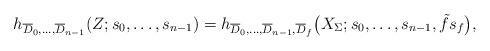
LaTeX: \begin{align*}h_{\overline{D}_0,\dots,\overline{D}_{n-1}}(Z;s_0,\dots,s_{n-1})=h_{\overline{D}_0,\dots,\overline{D}_{n-1},\overline{D}_f}\big(X_\Sigma;s_0,\dots,s_{n-1},\tilde{f}s_f\big),\end{align*}